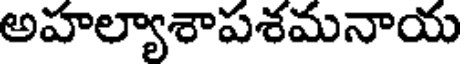
అహల్యాశాపశమనాయ